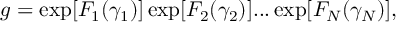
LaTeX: g = \exp [ F _ { 1 } ( \gamma _ { 1 } ) ] \exp [ F _ { 2 } ( \gamma _ { 2 } ) ] . . . \exp [ F _ { N } ( \gamma _ { N } ) ] ,